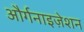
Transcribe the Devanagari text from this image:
और्गनाइज़ेशन